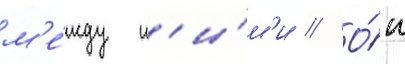
м'е́жду н'и́м'и // О́н